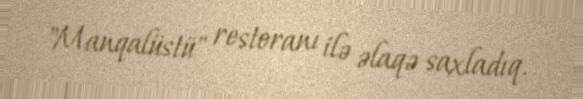
"Manqalüstü" restoranı ilə əlaqə saxladıq.